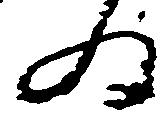
為